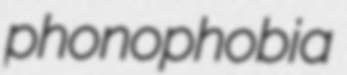
phonophobia